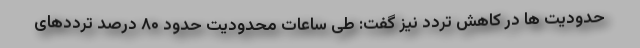
حدودیت ها در کاهش تردد نیز گفت: طی ساعات محدودیت حدود ۸۰ درصد ترددهای